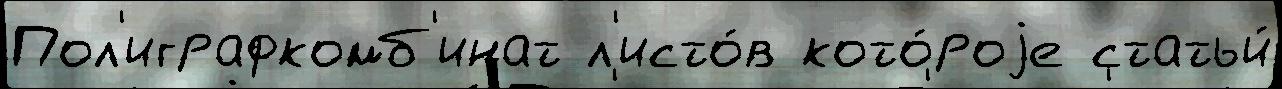
Пол'играфкомб'инат л'исто́в кото́роjе статьи́